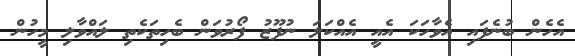
އެހެން ބުނެފައި އެވާހަކަ އެއީ އެއްކަލަ ނުފޫޒު ފޯރުވަން ބެހިތަކެތި ލައްވާލި މީހުން